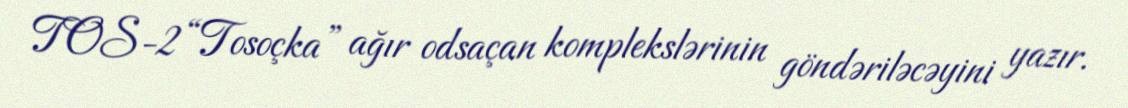
TOS-2 “Tosoçka” ağır odsaçan komplekslərinin göndəriləcəyini yazır.